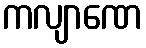
ကလျာဏေ